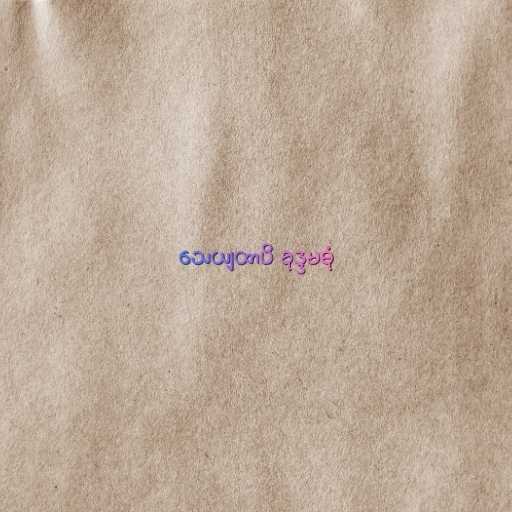
သေယျထာပိ ခုဒ္ဒမဓုံ